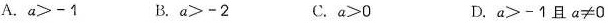
A.$$a > - 1$$ B.$$a > - 2$$ C.$$a > 0$$ D.$$a > - 1$$且$$a ≠ 0$$